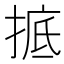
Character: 掋